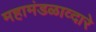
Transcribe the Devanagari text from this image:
महामंडळाव्दारे